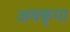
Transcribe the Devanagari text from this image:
अवकृपा